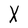
Character: X